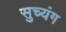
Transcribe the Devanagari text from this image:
सुच्यंग